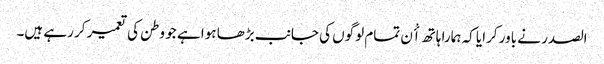
الصدر نے باور کرایا کہ ہمارا ہاتھ اٴْن تمام لوگوں کی جانب بڑھا ہوا ہے جو وطن کی تعمیر کر رہے ہیں۔